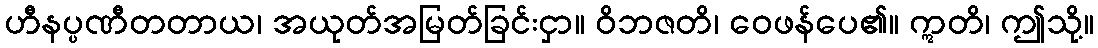
ဟီနပ္ပဏီတတာယ၊ အယုတ်အမြတ်ခြင်းငှာ။ ဝိဘဇတိ၊ ဝေဖန်ပေ၏။ ဣတိ၊ ဤသို့။